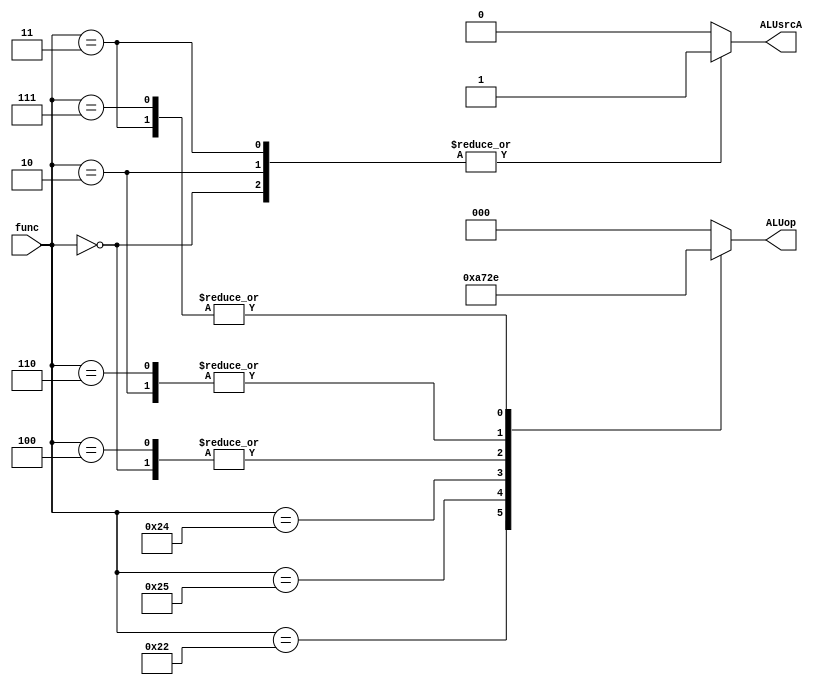
module ALUContral(func, ALUop, ALUsrcA);
    input [5:0] func;
    output reg [2:0] ALUop;
    output reg ALUsrcA;
    
    always @(func)
    begin
        ALUsrcA = 1'b0; //default
        case(func)
            6'b100000: ALUop = 3'b000; //add
            6'b100010: ALUop = 3'b001; //sub
            6'b100101: ALUop = 3'b010; //or
            6'b100100: ALUop = 3'b011; //and
            6'b000000: 
            begin
                ALUop = 3'b100; //sll
                ALUsrcA = 1'b1; 
            end
            6'b000100: ALUop = 3'b100; //sllv
            6'b000010: 
            begin
                ALUop = 3'b101; //srl
                ALUsrcA = 1'b1; 
            end
            6'b000110: ALUop = 3'b101; //srlv
            6'b000011: 
            begin
                ALUop = 3'b110; //sra
                ALUsrcA = 1'b1; 
            end
            6'b000111: ALUop = 3'b110; //srav
            default: ALUop = 3'b000; //others
        endcase
    end

endmodule